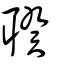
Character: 聧